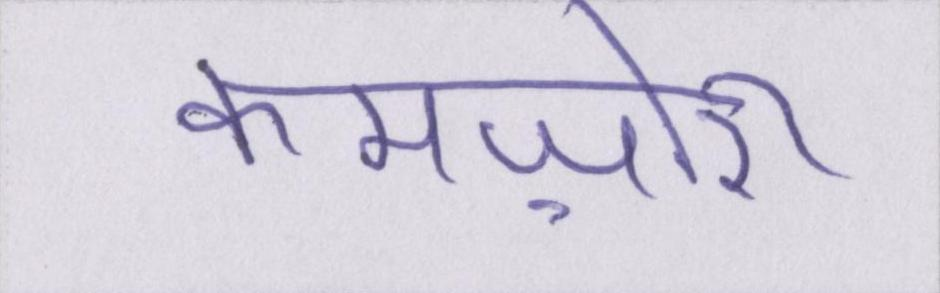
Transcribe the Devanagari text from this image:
कमज़ोरी